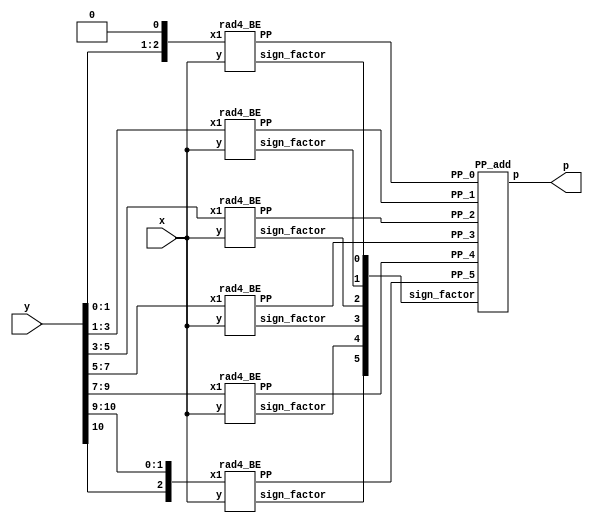
/*
  rad4_reference       -> Exact rad-4 multiplier 
                       -> with all partial products  

*/
module rad4_reference(
    input [31:0] x,
    input [10:0] y,
    output [31:0] p
    );

    wire [5:0] sign_factor;
    wire [32:0] PP_5;
    wire [32:0] PP_4;
    wire [32:0] PP_3;
    wire [32:0] PP_2;
    wire [32:0] PP_1;
    wire [32:0] PP_0;
    wire [2:0] tmp1;
    wire [2:0] tmp0;

    assign tmp1 = {y[10],y[10:9]}; 
    assign tmp0 = {y[1:0],1'b0};

// Calculates PP_2 
    rad4_BE PP5_gen(
        .x1(tmp1),
        .y(x),
        .sign_factor(sign_factor[5]),
        .PP(PP_5)
        );
// Calculates PP_2 
    rad4_BE PP4_gen(
        .x1(y[9:7]),
        .y(x),
        .sign_factor(sign_factor[4]),
        .PP(PP_4)
        );
// Calculates PP_2 
    rad4_BE PP3_gen(
        .x1(y[7:5]),
        .y(x),
        .sign_factor(sign_factor[3]),
        .PP(PP_3)
        );
// Calculates PP_2 
    rad4_BE PP2_gen(
        .x1(y[5:3]),
        .y(x),
        .sign_factor(sign_factor[2]),
        .PP(PP_2)
        );
// Calculates PP_1
    rad4_BE PP1_gen(
        .x1(y[3:1]),
        .y(x),
        .sign_factor(sign_factor[1]),
        .PP(PP_1)
        );

// Calculates PP_1
    rad4_BE PP0_gen(
        .x1(tmp0),
        .y(x),
        .sign_factor(sign_factor[0]),
        .PP(PP_0)
        );

// Partial product addition 

    PP_add Final(
        .sign_factor(sign_factor),
        .PP_5(PP_5),
        .PP_4(PP_4),
        .PP_3(PP_3),
        .PP_2(PP_2),
        .PP_1(PP_1),
        .PP_0(PP_0),
        .p(p)
        );
        
endmodule



module rad4_BE(
    input [2:0] x1,
    input [31:0] y,
    output sign_factor,
    output [32:0] PP
    );
    
    // encode 
    wire one, two, sign;
    
    code encode_block(
        .one(one),
        .two(two),
        .sign(sign),
        .y2(x1[2]),
        .y1(x1[1]),
        .y0(x1[0])
        );
        
    // generation of PP
    wire [32:0] tmp1_pp; 
    assign tmp1_pp = {y[31],y}; // This variable is introduced because pp has 33 bits
    
    wire [33:0] out1;
    assign out1[0] = sign;
    
    genvar i;
    generate
        for ( i = 0; i < 33; i = i+1 )
            begin : pp_rad4_first 
            product pp_pr(tmp1_pp[i],out1[i],one,two,sign,PP[i],out1[i+1]);
            end
    endgenerate
    
    //sign factor generate
    sgn_gen sign_gen(one,two,sign,sign_factor);

endmodule

module code(one,two,sign,y2,y1,y0);  
	input y2,y1,y0;                     
	output one,two,sign;                
	wire [1:0]k;                        
	xor x1(one,y0,y1);                  
	xor x2(k[1],y2,y1);                 
	not n1(k[0],one);                   
	and a1(two,k[0],k[1]);              
	assign sign=y2;                     
endmodule   

module product(x1,x0,one,two,sign,p,i);
	input x1,x0,sign,one,two;
	output p,i;
	wire [1:0] k;
	xor xo1(i,x1,sign);
	and a1(k[1],i,one);
	and a0(k[0],x0,two);
	or o1(p,k[1],k[0]);
endmodule

module sgn_gen(one,two,sign,sign_factor);
    input sign,one,two;
    output sign_factor;
    wire k;
    or o1(k,one,two);
    and a1(sign_factor,sign,k);
endmodule


module PP_add(
    input [5:0] sign_factor,
    input [32:0] PP_5,
    input [32:0] PP_4,
    input [32:0] PP_3,
    input [32:0] PP_2,
    input [32:0] PP_1,
    input [32:0] PP_0,
    output [31:0] p
    );
    
    
    // generate negative MSBs
    wire [5:0] E_MSB;
    assign E_MSB[0] = ~ PP_0[32];
    assign E_MSB[1] = ~ PP_1[32];
    assign E_MSB[2] = ~ PP_2[32];
    assign E_MSB[3] = ~ PP_3[32];
    assign E_MSB[4] = ~ PP_4[32];
    assign E_MSB[5] = ~ PP_5[32];


    // First  reduction
    
    // First group
    wire [33:0] sum00_FA;
    wire [33:0] carry00_FA;
  

    wire [33:0] tmp001_FA;
    wire [33:0] tmp002_FA;
    wire [33:0] tmp003_FA;

    assign tmp001_FA = {E_MSB[0],{3{PP_0[32]}},PP_0[32:4],PP_0[2]};
    assign tmp002_FA = {E_MSB[1],PP_1[32],PP_1[32:2],PP_1[0]};
    assign tmp003_FA = {PP_2,sign_factor[1]};

    genvar i001;
    generate
        for (i001 = 0; i001 < 34; i001 = i001 + 1)
            begin : pp_fad00
            FAd pp_fad(tmp001_FA[i001],tmp002_FA[i001], tmp003_FA[i001], carry00_FA[i001],sum00_FA[i001]);
            end
    endgenerate


    wire [1:0] sum00_HA;
    wire [1:0] carry00_HA;

    wire [1:0] tmp001_HA;
    wire [1:0] tmp002_HA;

    assign tmp001_HA = {1'b1,PP_0[3]};
    assign tmp002_HA = {PP_2[32],PP_1[1]};


    genvar i002;
    generate
        for (i002 = 0; i002 < 2; i002 = i002 + 1)
            begin : pp_had00
            HAd pp_had(tmp001_HA[i002],tmp002_HA[i002],carry00_HA[i002],sum00_HA[i002]);
            end
    endgenerate

    // Second group
    wire [32:0] sum01_FA;
    wire [32:0] carry01_FA;
  

    wire [32:0] tmp011_FA;
    wire [32:0] tmp012_FA;
    wire [32:0] tmp013_FA;

    assign tmp011_FA = {1'b1,E_MSB[3],PP_3[32],PP_3[32:4],PP_3[2]};
    assign tmp012_FA = {PP_4[32],PP_4[32:2],PP_4[0]};
    assign tmp013_FA = {PP_5[31:0],sign_factor[4]};

    genvar i011;
    generate
        for (i011 = 0; i011 < 33; i011 = i011 + 1)
            begin : pp_fad01
            FAd pp_fad(tmp011_FA[i011],tmp012_FA[i011], tmp013_FA[i011], carry01_FA[i011],sum01_FA[i011]);
            end
    endgenerate

    wire [1:0] sum01_HA;
    wire [1:0] carry01_HA;

    wire [1:0] tmp011_HA;
    wire [1:0] tmp012_HA;

    assign tmp011_HA = {E_MSB[4],PP_3[3]};
    assign tmp012_HA = {PP_5[32],PP_4[1]};

    
    
    genvar i012;
    generate
        for (i012 = 0; i012 < 2; i012 = i012 + 1)
            begin : pp_had01
            HAd pp_had(tmp011_HA[i012],tmp012_HA[i012],carry01_HA[i012],sum01_HA[i012]);
            end
    endgenerate

    // Second reduction
        
    wire [33:0] sum10_FA;
    wire [33:0] carry10_FA;
  

    wire [33:0] tmp101_FA;
    wire [33:0] tmp102_FA;
    wire [33:0] tmp103_FA;

    assign tmp101_FA = {E_MSB[2],sum00_HA[1],sum00_FA[33:3],sum00_FA[1]};
    assign tmp102_FA = {carry00_HA[1],carry00_FA[33:2],carry00_HA[0]};
    assign tmp103_FA = {sum01_FA[29:1],sum01_HA[0],sum01_FA[0],PP_3[1:0],sign_factor[2]};

    genvar i010;
    generate
        for (i010 = 0; i010 < 34; i010 = i010 + 1)
            begin : pp_fad10
            FAd pp_fad(tmp101_FA[i010],tmp102_FA[i010], tmp103_FA[i010], carry10_FA[i010],sum10_FA[i010]);
            end
    endgenerate

    wire [1:0] sum10_HA;
    wire [1:0] carry10_HA;

    wire [1:0] tmp101_HA;
    wire [1:0] tmp102_HA;

    assign tmp101_HA = {1'b1,sum00_FA[2]};
    assign tmp102_HA = {sum01_FA[30],carry00_FA[1]};

    
    
    genvar i013;
    generate
        for (i013 = 0; i013 < 2; i013 = i013 + 1)
            begin : pp_had11
            HAd pp_had(tmp101_HA[i013],tmp102_HA[i013],carry10_HA[i013],sum10_HA[i013]);
            end
    endgenerate

    // Third reduction

    wire [32:0] sum20_FA;
    wire [32:0] carry20_FA;
  

    wire [32:0] tmp201_FA;
    wire [32:0] tmp202_FA;
    wire [32:0] tmp203_FA;

    assign tmp201_FA = {carry10_HA[1],sum10_HA[1],sum10_FA[33:4],sum10_FA[1]};
    assign tmp202_FA = {sum01_FA[31],carry10_FA[33:3],carry10_HA[0]};
    assign tmp203_FA = {carry01_FA[30:1],carry01_HA[0],carry01_FA[0],sign_factor[3]};

    genvar i020;
    generate
        for (i020 = 0; i020 < 33; i020 = i020 + 1)
            begin : pp_fad20
            FAd pp_fad(tmp201_FA[i020],tmp202_FA[i020], tmp203_FA[i020], carry20_FA[i020],sum20_FA[i020]);
            end
    endgenerate

    wire [3:0] sum20_HA;
    wire [3:0] carry20_HA;

    wire [3:0] tmp201_HA;
    wire [3:0] tmp202_HA;

    assign tmp201_HA = {sum01_HA[1],sum01_FA[32],sum10_FA[3:2]};
    assign tmp202_HA = {carry01_FA[32:31],carry10_FA[2:1]};

    genvar i021;
    generate
        for (i021 = 0; i021 < 4; i021 = i021 + 1)
            begin : pp_had21
            HAd pp_had(tmp201_HA[i021],tmp202_HA[i021],carry20_HA[i021],sum20_HA[i021]);
            end
    endgenerate

 
    // Fourth reduction

    wire  sum30_FA;
    wire  carry30_FA;
    
    FAd pp_fad(sum20_FA[2],carry20_FA[1], sign_factor[5], carry30_FA,sum30_FA);

    wire [32:0] sum30_HA;
    wire [32:0] carry30_HA;

    wire [32:0] tmp301_HA;
    wire [32:0] tmp302_HA;

    assign tmp301_HA = {carry01_HA[1],sum20_HA[3:2],sum20_FA[32:3]};
    assign tmp302_HA = {carry20_HA[3:2],carry20_FA[32:2]};

    genvar i031;
    generate
        for (i031 = 0; i031 < 33; i031 = i031 + 1)
            begin : pp_had31
            HAd pp_had(tmp301_HA[i031],tmp302_HA[i031],carry30_HA[i031],sum30_HA[i031]);
            end
    endgenerate
    
    
    //Final addition



    wire [44:0] tmp_sum;
    wire [44:0] tmp_add1;
    wire [44:0] tmp_add2;

    assign tmp_add1 = {1'b0,sum30_HA,sum30_FA,sum20_FA[1],sum20_HA[1:0],sum20_FA[0],sum10_HA[0],sum10_FA[0],sum00_HA[0],sum00_FA[0],PP_0[1:0]};
    assign tmp_add2 = {carry30_HA,carry30_FA,1'b0,carry20_HA[1:0],carry20_FA[0],1'b0,carry10_FA[0],1'b0,carry00_FA[0],2'b0,sign_factor[0]}; 

    assign tmp_sum = tmp_add1 + tmp_add2;

    assign p = tmp_sum[41:10];

endmodule


module FAd(a,b,c,cy,sm);
	input a,b,c;
	output cy,sm;
	wire x,y,z;
	xor x1(x,a,b);
	xor x2(sm,x,c);
	and a1(y,a,b);
	and a2(z,x,c);
	or o1(cy,y,z);
endmodule 

module HAd(a,b,cy,sm);
	input a,b;
	output cy,sm;
	xor x1(sm,a,b);
	and a1(cy,a,b);
endmodule